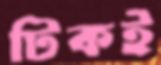
টিকই